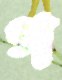
গ